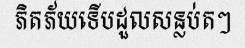
ភិតភ័យទើបដួលសន្លប់តៗ